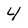
Character: 4